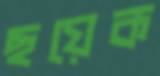
ছয়েক